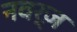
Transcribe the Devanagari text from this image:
नवर्ज़